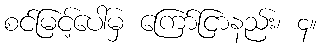
စင်မြင့်ပေါ်မှ ကြော်ငြာနည်း၊ ၄။